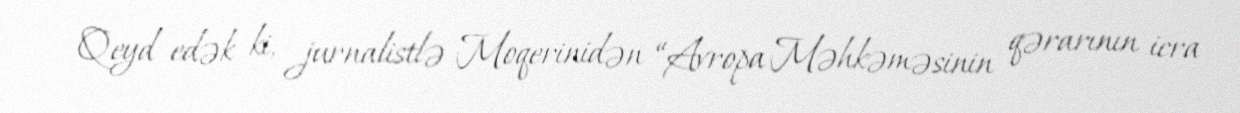
Qeyd edək ki, jurnalistlə Moqerinidən “Avropa Məhkəməsinin qərarının icra